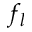
f _ { l }